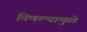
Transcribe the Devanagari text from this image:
विणल्यामुळे